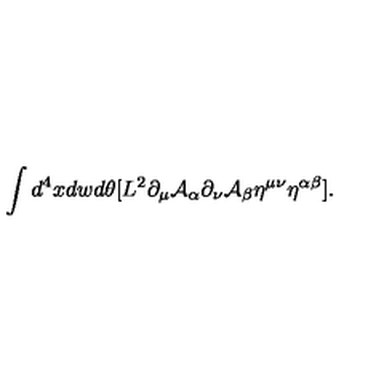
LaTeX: \int d ^ { 4 } x d w d \theta [ L ^ { 2 } \partial _ { \mu } { \cal A } _ { \alpha } \partial _ { \nu } { \cal A } _ { \beta } \eta ^ { \mu \nu } \eta ^ { \alpha \beta } ] .